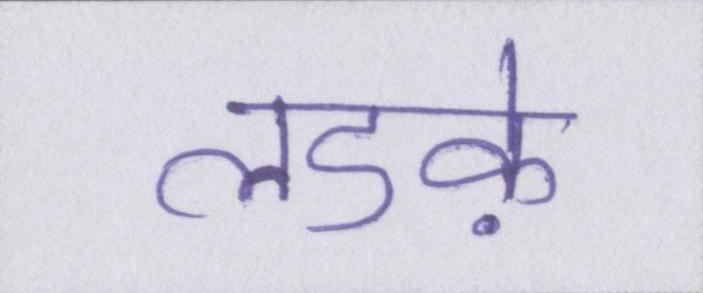
लडक़े